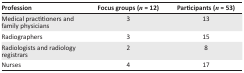
| Profession | Focus groups (n = 12) | Participants (n = 53) |
 | --- | --- | --- |
 | Medical practitioners and family physicians | 3 | 13 |
 | Radiographers | 3 | 15 |
 | Radiologists and radiology registrars | 2 | 8 |
 | Nurses | 4 | 17 |